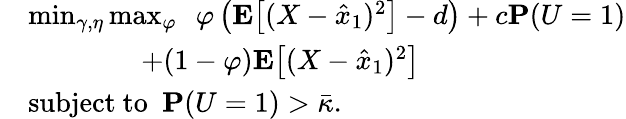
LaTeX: \begin{array}{rl}&{\operatorname*{min}_{\gamma,\eta}\operatorname*{max}_{\varphi}\ \ \varphi\left(\mathbf{E}\big[(X-\hat{x}_{1})^{2}\big]-d\right)+c\mathbf{P}(U=1)}\\ &{\qquad\qquad+(1-\varphi)\mathbf{E}\big[(X-\hat{x}_{1})^{2}\big]}\\ &{\mathrm{subject~to~~}\mathbf{P}(U=1)>\bar{\kappa}.}\end{array}